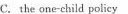
C.the one-child policy